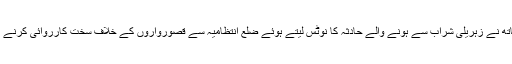
وزیر اعلی یوگی آدتیہ ناتھ نے زہریلی شراب سے ہونے والے حادثہ کا نوٹس لیتے ہوئے ضلع انتظامیہ سے قصورواروں کے خلاف سخت کارروائی کرنے کے احکامات دیئے ہیں۔